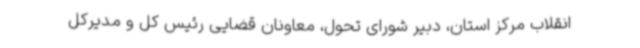
انقلاب مرکز استان، دبیر شورای تحول، معاونان قضایی رئیس کل و مدیرکل